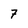
Character: 7